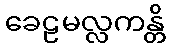
ခေဠမလ္လကန္တိ